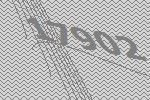
17902